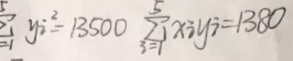
y _ { i } ^ { 2 } = 1 3 5 0 0 \sum _ { i = 1 } ^ { 5 } x _ { i } y _ { i } = 1 3 8 0